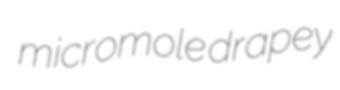
micromole drapey